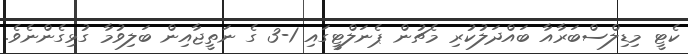
ކެޓީ މިޑިލްސްބަރާއާ ބައްދަލުކުރި މެޗުން ޕެނަލްޓީގައި 1-3 ގެ ނަތީޖާއިން ބަލިވުމާ ގުޅިގެންނެވެ.